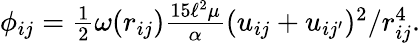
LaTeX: \begin{array}{r}{\phi_{ij}=\frac 12\omega(r_{ij})\frac{15\ell^{2}\mu}{\alpha}(u_{ij}+u_{ij^{\prime}})^{2}/r_{ij}^{4}.}\end{array}